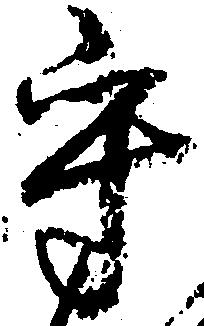
守